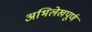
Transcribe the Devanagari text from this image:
अभिलेखपूर्ण